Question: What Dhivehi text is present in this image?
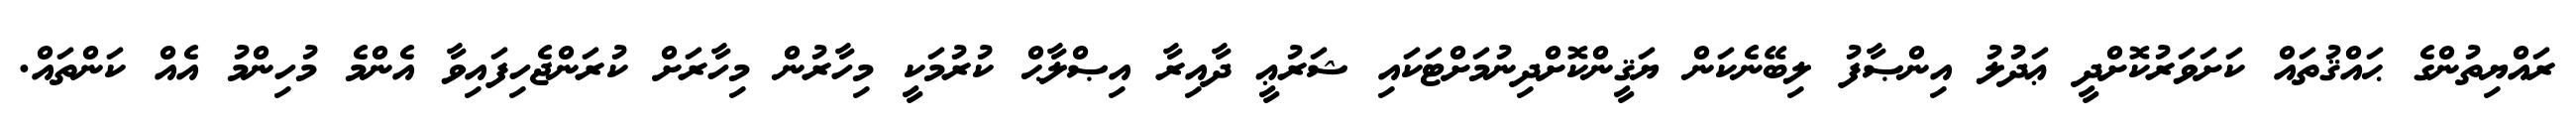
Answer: ރައްޔިތުންގެ ޙައްޤުތައް ކަށަވަރުކޮށްދީ ޢަދުލު އިންޞާފު ލިބޭނެކަން ޔަޤީންކޮށްދިނުމަށްޓަކައި ޝަރުޢީ ދާއިރާ އިޞްލާޙް ކުރުމަކީ މިހާރުން މިހާރަށް ކުރަންޖެހިފައިވާ އެންމެ މުހިންމު އެއް ކަންތައް.